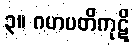
၃။ ဂဟပတိကုဋိ